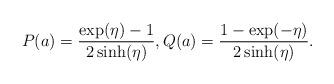
LaTeX: \begin{align*}P(a) = \frac{\exp(\eta)-1}{2 \sinh(\eta)}, Q(a) = \frac{1-\exp(-\eta)}{2\sinh(\eta)}.\end{align*}